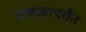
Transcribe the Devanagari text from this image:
पंजाबापर्यंत